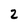
Character: 2